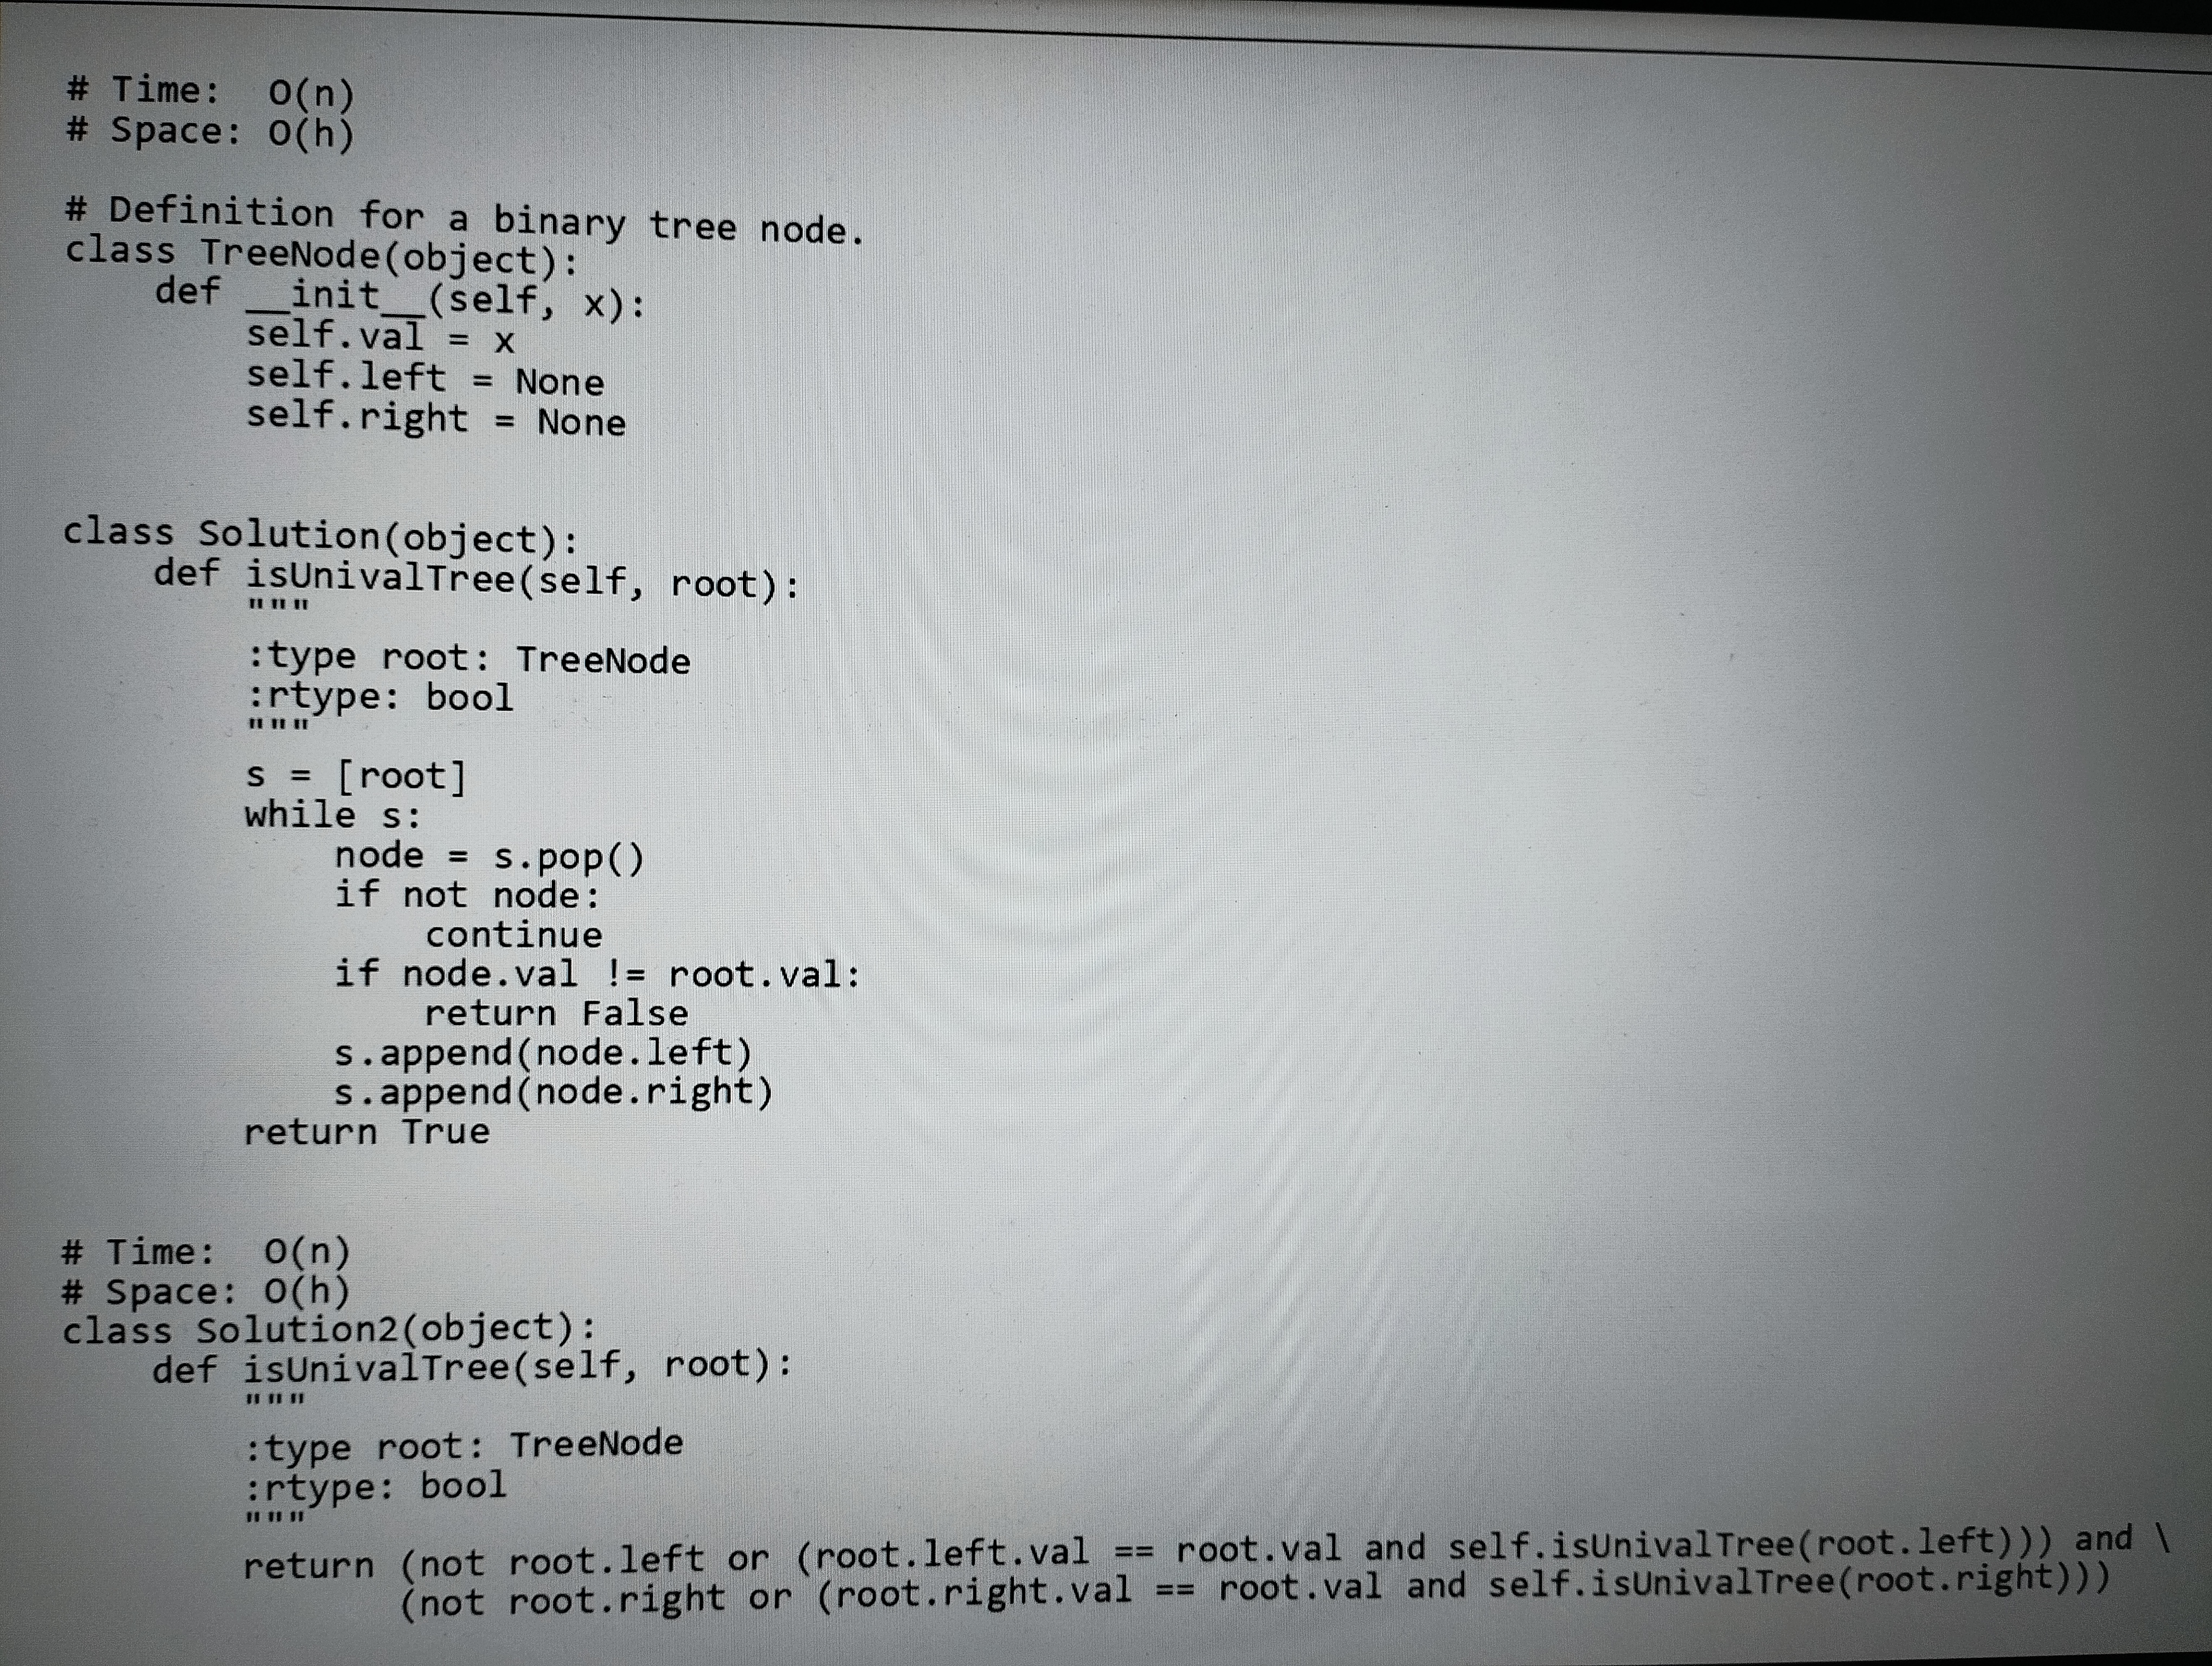
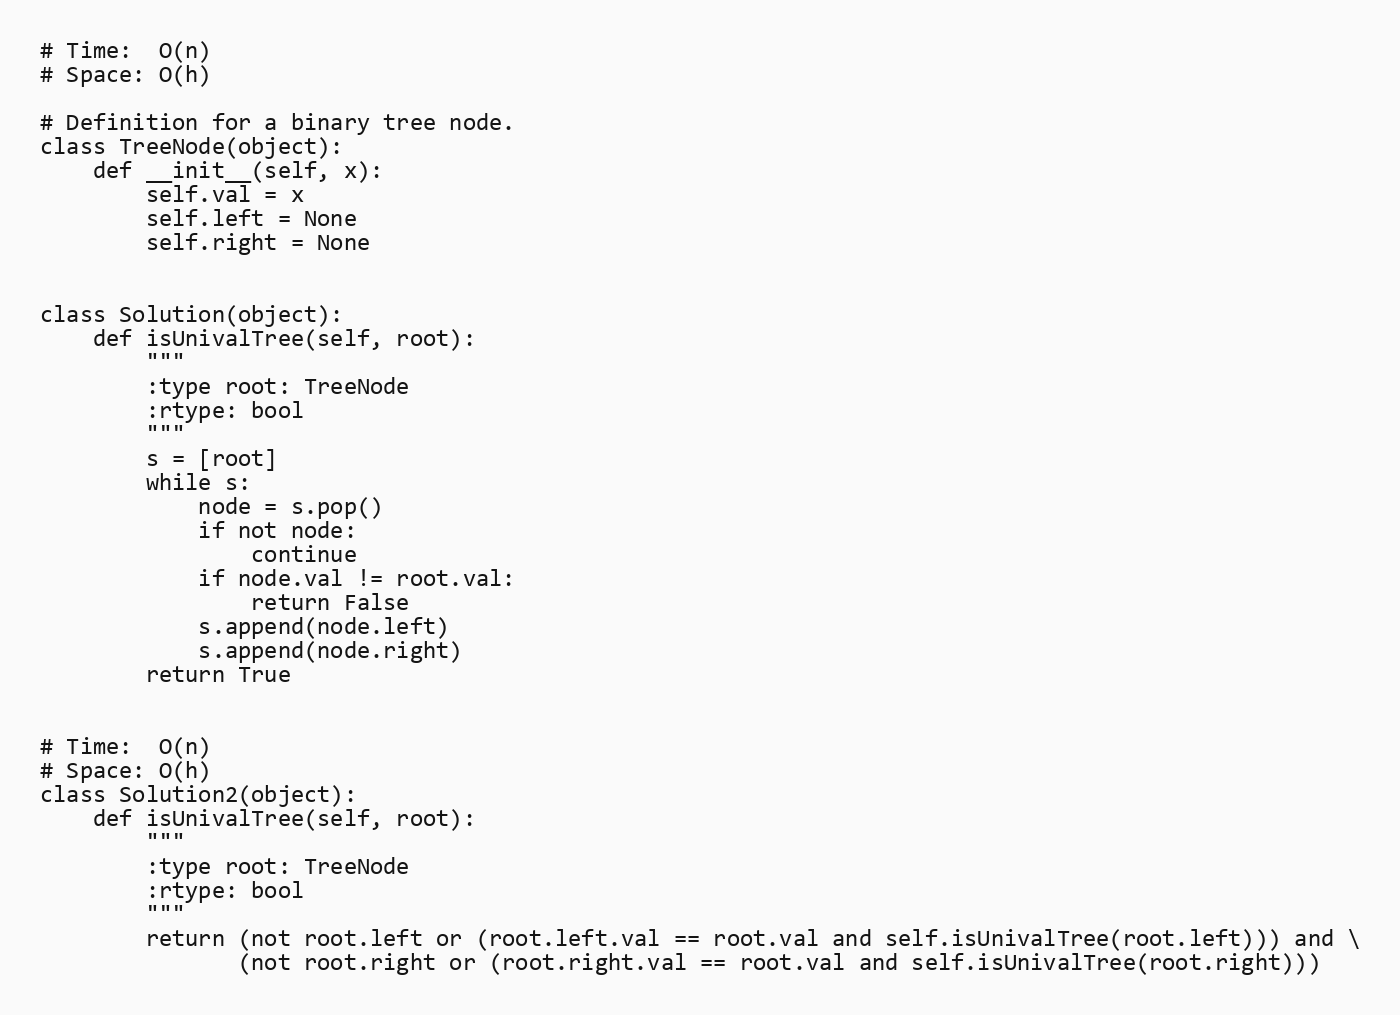
# Time:  O(n)
# Space: O(h)

# Definition for a binary tree node.
class TreeNode(object):
    def __init__(self, x):
        self.val = x
        self.left = None
        self.right = None

class Solution(object):
    def isUnivalTree(self, root):
        """
        :type root: TreeNode
        :rtype: bool
        """
        s = [root]
        while s:
            node = s.pop()
            if not node:
                continue
            if node.val != root.val:
                return False
            s.append(node.left)
            s.append(node.right)
        return True

# Time:  O(n)
# Space: O(h)
class Solution2(object):
    def isUnivalTree(self, root):
        """
        :type root: TreeNode
        :rtype: bool
        """
        return (not root.left or (root.left.val == root.val and self.isUnivalTree(root.left))) and \
               (not root.right or (root.right.val == root.val and self.isUnivalTree(root.right)))